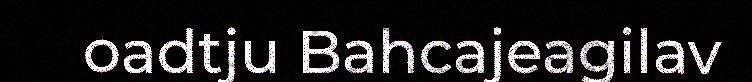
oadtju Bahcajeagilav